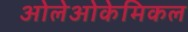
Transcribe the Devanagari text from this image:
ओलेओकेमिकल